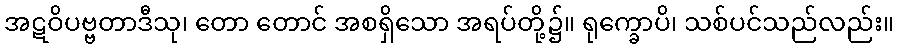
အဋဝိပဗ္ဗတာဒီသု၊ တော တောင် အစရှိသော အရပ်တို့၌။ ရုက္ခောပိ၊ သစ်ပင်သည်လည်း။